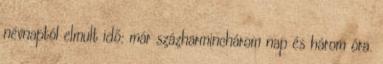
névnaptól elmult idő: már százharminchárom nap és három óra.